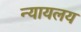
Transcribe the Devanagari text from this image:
न्‍यायलय